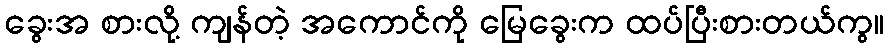
ခွေးအ စားလို့ ကျန်တဲ့ အကောင်ကို မြေခွေးက ထပ်ပြီးစားတယ်ကွ။